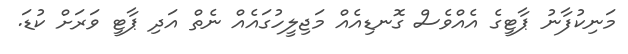
މަނިކުފާނު ޕާޓީގެ އެއްވެސް ގޮނޑިއެއް މަޖިލީހުގައެއް ނެތް އަދި ޕާޓީ ވަރަށް ކުޑަ.